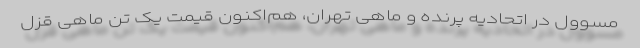
مسوول در اتحادیه پرنده و ماهی تهران، هم‌اکنون قیمت یک تن ماهی قزل